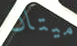
ميتان